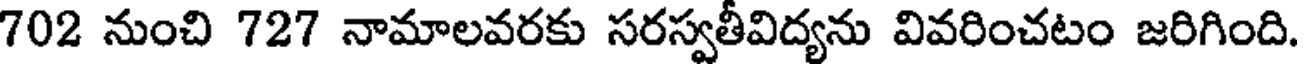
702 నుంచి 727 నామాలవరకు సరస్వతీవిద్యను వివరించటం జరిగింది